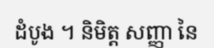
ដំបូង ។ និមិត្ត សញ្ញា នៃ